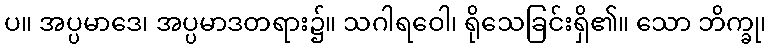
ပ။ အပ္ပမာဒေ၊ အပ္ပမာဒတရား၌။ သဂါရဝေါ၊ ရိုသေခြင်းရှိ၏။ သော ဘိက္ခု၊